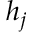
h _ { j }